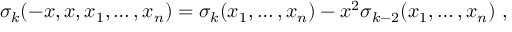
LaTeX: \sigma _ { k } ( - x , x , x _ { 1 } , \ldots , x _ { n } ) = \sigma _ { k } ( x _ { 1 } , \ldots , x _ { n } ) - x ^ { 2 } \sigma _ { k - 2 } ( x _ { 1 } , \ldots , x _ { n } ) \, \, ,